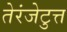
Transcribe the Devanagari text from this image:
तेरंजेटुत्त